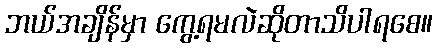
ဘယ်အချိန်မှာ ကွေ့ရမလဲဆိုတာသိပါရစေ။